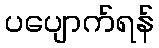
ပပျောက်ရန်